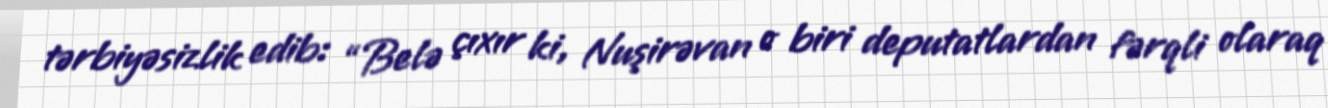
tərbiyəsizlik edib: “Belə çıxır ki, Nuşirəvan o biri deputatlardan fərqli olaraq